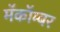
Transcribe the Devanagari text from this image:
मॅकॉम्बर